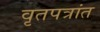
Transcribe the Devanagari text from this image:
वृतपत्रांत